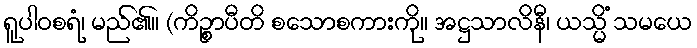
ရူပါဝစရံ၊ မည်၏။ (ကိဉ္စာပီတိ စသောစကားကို။ အဋ္ဌသာလိနီ၊ ယသ္မိံ သမယေ